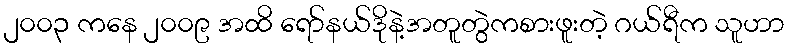
၂၀၀၃ ကနေ ၂၀၀၉ အထိ ရော်နယ်ဒိုနဲ့အတူတွဲကစားဖူးတဲ့ ဂယ်ရီက သူဟာ